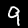
Label: 9